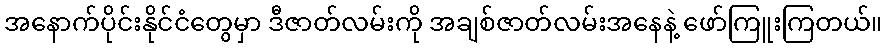
အနောက်ပိုင်းနိုင်ငံတွေမှာ ဒီဇာတ်လမ်းကို အချစ်ဇာတ်လမ်းအနေနဲ့ ဖော်ကြူးကြတယ်။